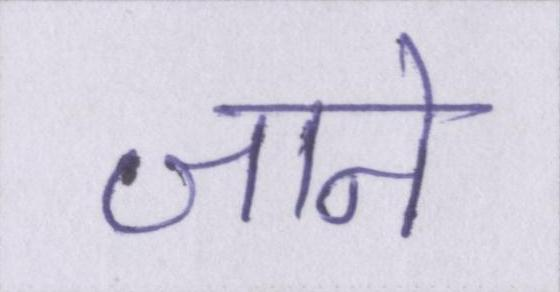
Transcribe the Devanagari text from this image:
जाने